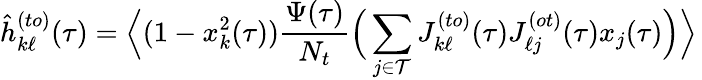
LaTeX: \hat{h}_{k\ell}^{(to)}(\tau)=\Big\langle(1-x_{k}^{2}(\tau))\frac{\Psi(\tau)}{N_{t}}\Big(\sum_{j\in\mathcal{T}}J_{k\ell}^{(to)}(\tau)J_{\ell j}^{(ot)}(\tau)x_{j}(\tau)\Big)\Big\rangle\,